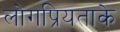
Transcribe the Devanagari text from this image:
लोगप्रियताके